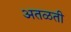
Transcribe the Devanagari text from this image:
अतळती